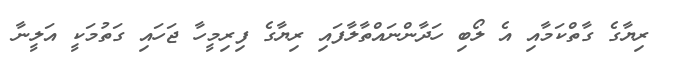
ރިޔާގެ ގާތްކަމާއި އެ ލޯބި ހަދާންނައްތާލާފައި ރިޔާގެ ފިރިމީހާ ޖަހައި ގަތުމަކީ އަލީނާ